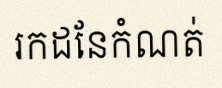
រកដែនកំណត់